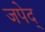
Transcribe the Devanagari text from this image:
जपेद्